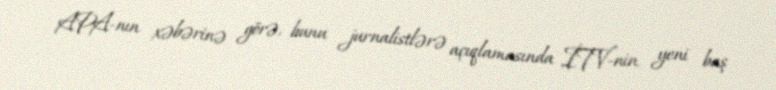
APA-nın xəbərinə görə, bunu jurnalistlərə açıqlamasında İTV-nin yeni baş